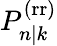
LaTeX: P_{n|k}^{\mathrm{(rr)}}